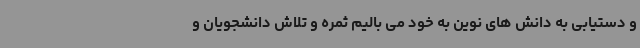
و دستیابی به دانش های نوین به خود می بالیم ثمره و تلاش دانشجویان و